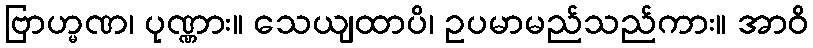
ဗြာဟ္မဏ၊ ပုဏ္ဏား။ သေယျထာပိ၊ ဥပမာမည်သည်ကား။ အာဝိ